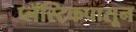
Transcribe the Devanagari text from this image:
प्लॅस्टिकपासून